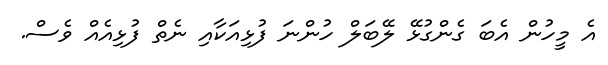
އެ މީހުން އެބަ ގެންގުޅޭ ލޭބަލް ހުންނަ ފުޅިއަކާއި ނެތް ފުޅިއެއް ވެސް.